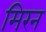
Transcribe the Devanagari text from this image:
मिरन